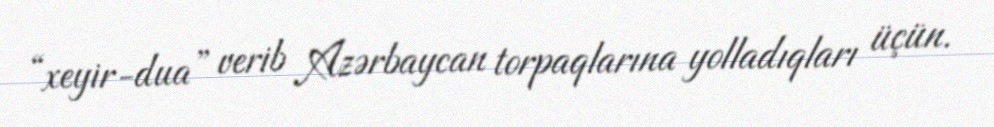
“xeyir-dua” verib Azərbaycan torpaqlarına yolladıqları üçün.